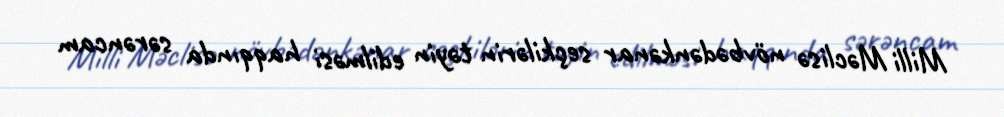
Milli Məclisə növbədənkənar seçkilərin təyin edilməsi haqqında sərəncam